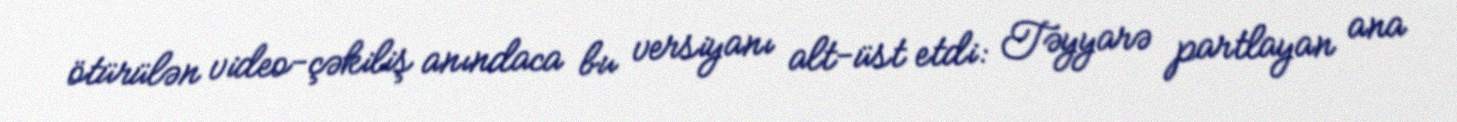
ötürülən video-çəkiliş anındaca bu versiyanı alt-üst etdi: Təyyarə partlayan ana